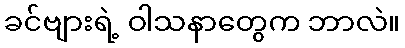
ခင်ဗျားရဲ့ ဝါသနာတွေက ဘာလဲ။